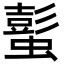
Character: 蟚